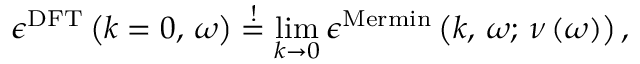
\epsilon ^ { \mathrm { D F T } } \left( k = 0 , \, \omega \right) \overset { ! } { = } \operatorname* { l i m } _ { k \rightarrow 0 } \epsilon ^ { \mathrm { M e r m i n } } \left( k , \, \omega ; \, \nu \left( \omega \right) \right) ,